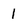
Character: 1